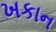
ખકાન